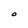
Character: O